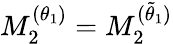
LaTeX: M_{2}^{(\theta_{1})}=M_{2}^{(\tilde{\theta}_{1})}